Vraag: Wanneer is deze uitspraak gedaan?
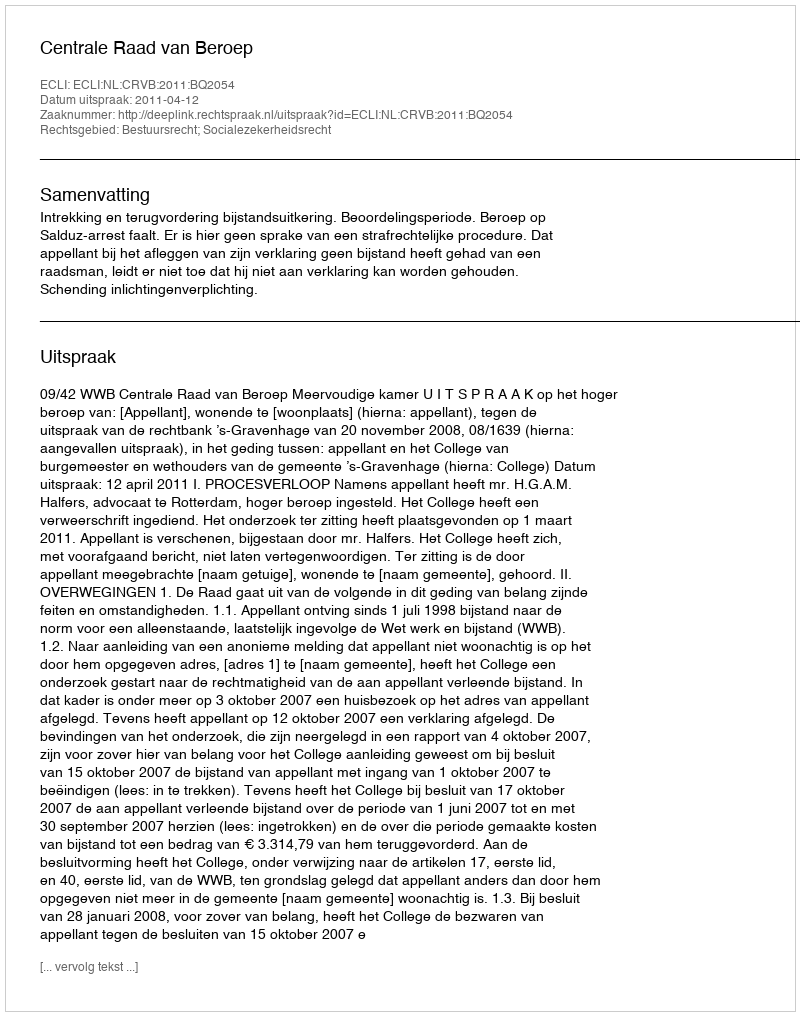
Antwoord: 2011-04-12